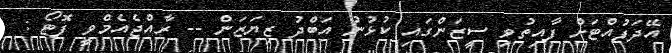
އޭދަފުއްޓަށް ފާއިތުވި ސީޒަންގައި ކުޅުނު އަބްދު ޒިޔަޒަން -- ރާއްޖެއެމްވީ ފޮޓޯ :